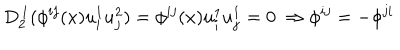
D _ { 2 } ^ { \, 1 } ( \phi ^ { i j } ( x ) u _ { i } ^ { 1 } u _ { j } ^ { 2 } ) = \phi ^ { i j } ( x ) u _ { i } ^ { 1 } u _ { j } ^ { 1 } = 0 \ \Rightarrow \phi ^ { i j } = - \phi ^ { j i }